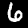
Digit: 6